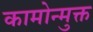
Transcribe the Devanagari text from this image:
कामोन्मुक्त